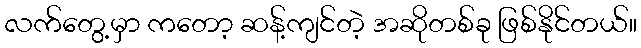
လက်တွေ့မှာ ကတော့ ဆန့်ကျင်တဲ့ အဆိုတစ်ခု ဖြစ်နိုင်တယ်။